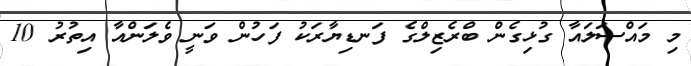
މި މައްސަލައާ ގުޅިގެން ބްރެޒިލްގެ ފަނޑިޔާރަކު ފަހުން ވަނީ ވެލަންއާ އިތުރު 10